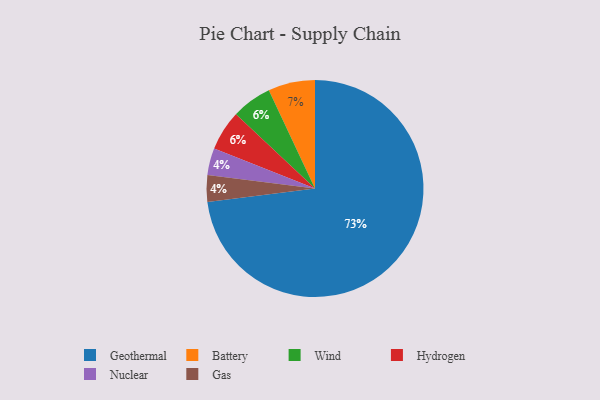
{"axis": {"x": "Category", "y": "Percentage"}, "legend": ["Battery", "Gas", "Geothermal", "Hydrogen", "Nuclear", "Wind"], "data": [{"x": "Geothermal", "y": 73, "type": "Geothermal"}, {"x": "Wind", "y": 6, "type": "Wind"}, {"x": "Nuclear", "y": 4, "type": "Nuclear"}, {"x": "Battery", "y": 7, "type": "Battery"}, {"x": "Gas", "y": 4, "type": "Gas"}, {"x": "Hydrogen", "y": 6, "type": "Hydrogen"}]}